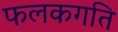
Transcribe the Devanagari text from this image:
फलकगति